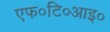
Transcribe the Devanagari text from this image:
एफ०टि०आइ०